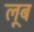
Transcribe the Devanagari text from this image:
लूब